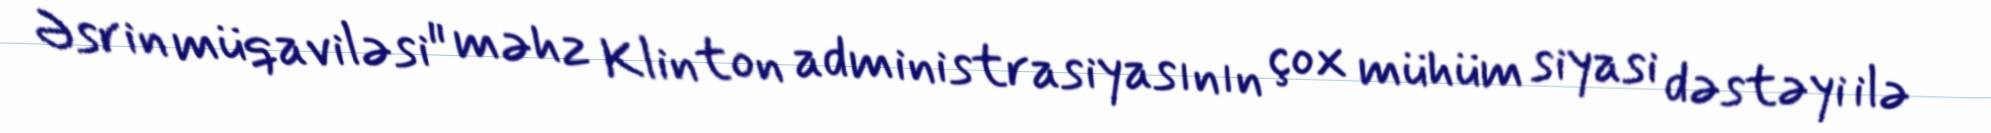
Əsrin müqaviləsi" məhz Klinton administrasiyasının çox mühüm siyasi dəstəyi ilə